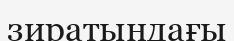
зиратындағы